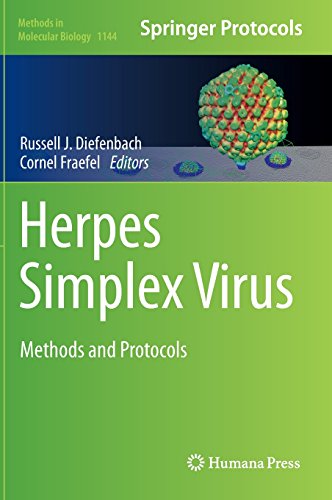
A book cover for Herpes Simplex Virus: Methods and Protocols (Methods in Molecular Biology); Health, Fitness & Dieting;